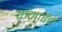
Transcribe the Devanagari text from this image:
कमाईचे